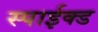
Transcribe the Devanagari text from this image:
स्पाईक्ड